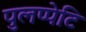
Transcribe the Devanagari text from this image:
पुलप्पेटि